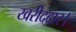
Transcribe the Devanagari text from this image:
खरीददार।